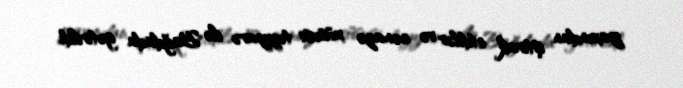
yaxından iştirak etdilər və cənazə xüsusi təyyarə ilə Bağdada gətirildi.